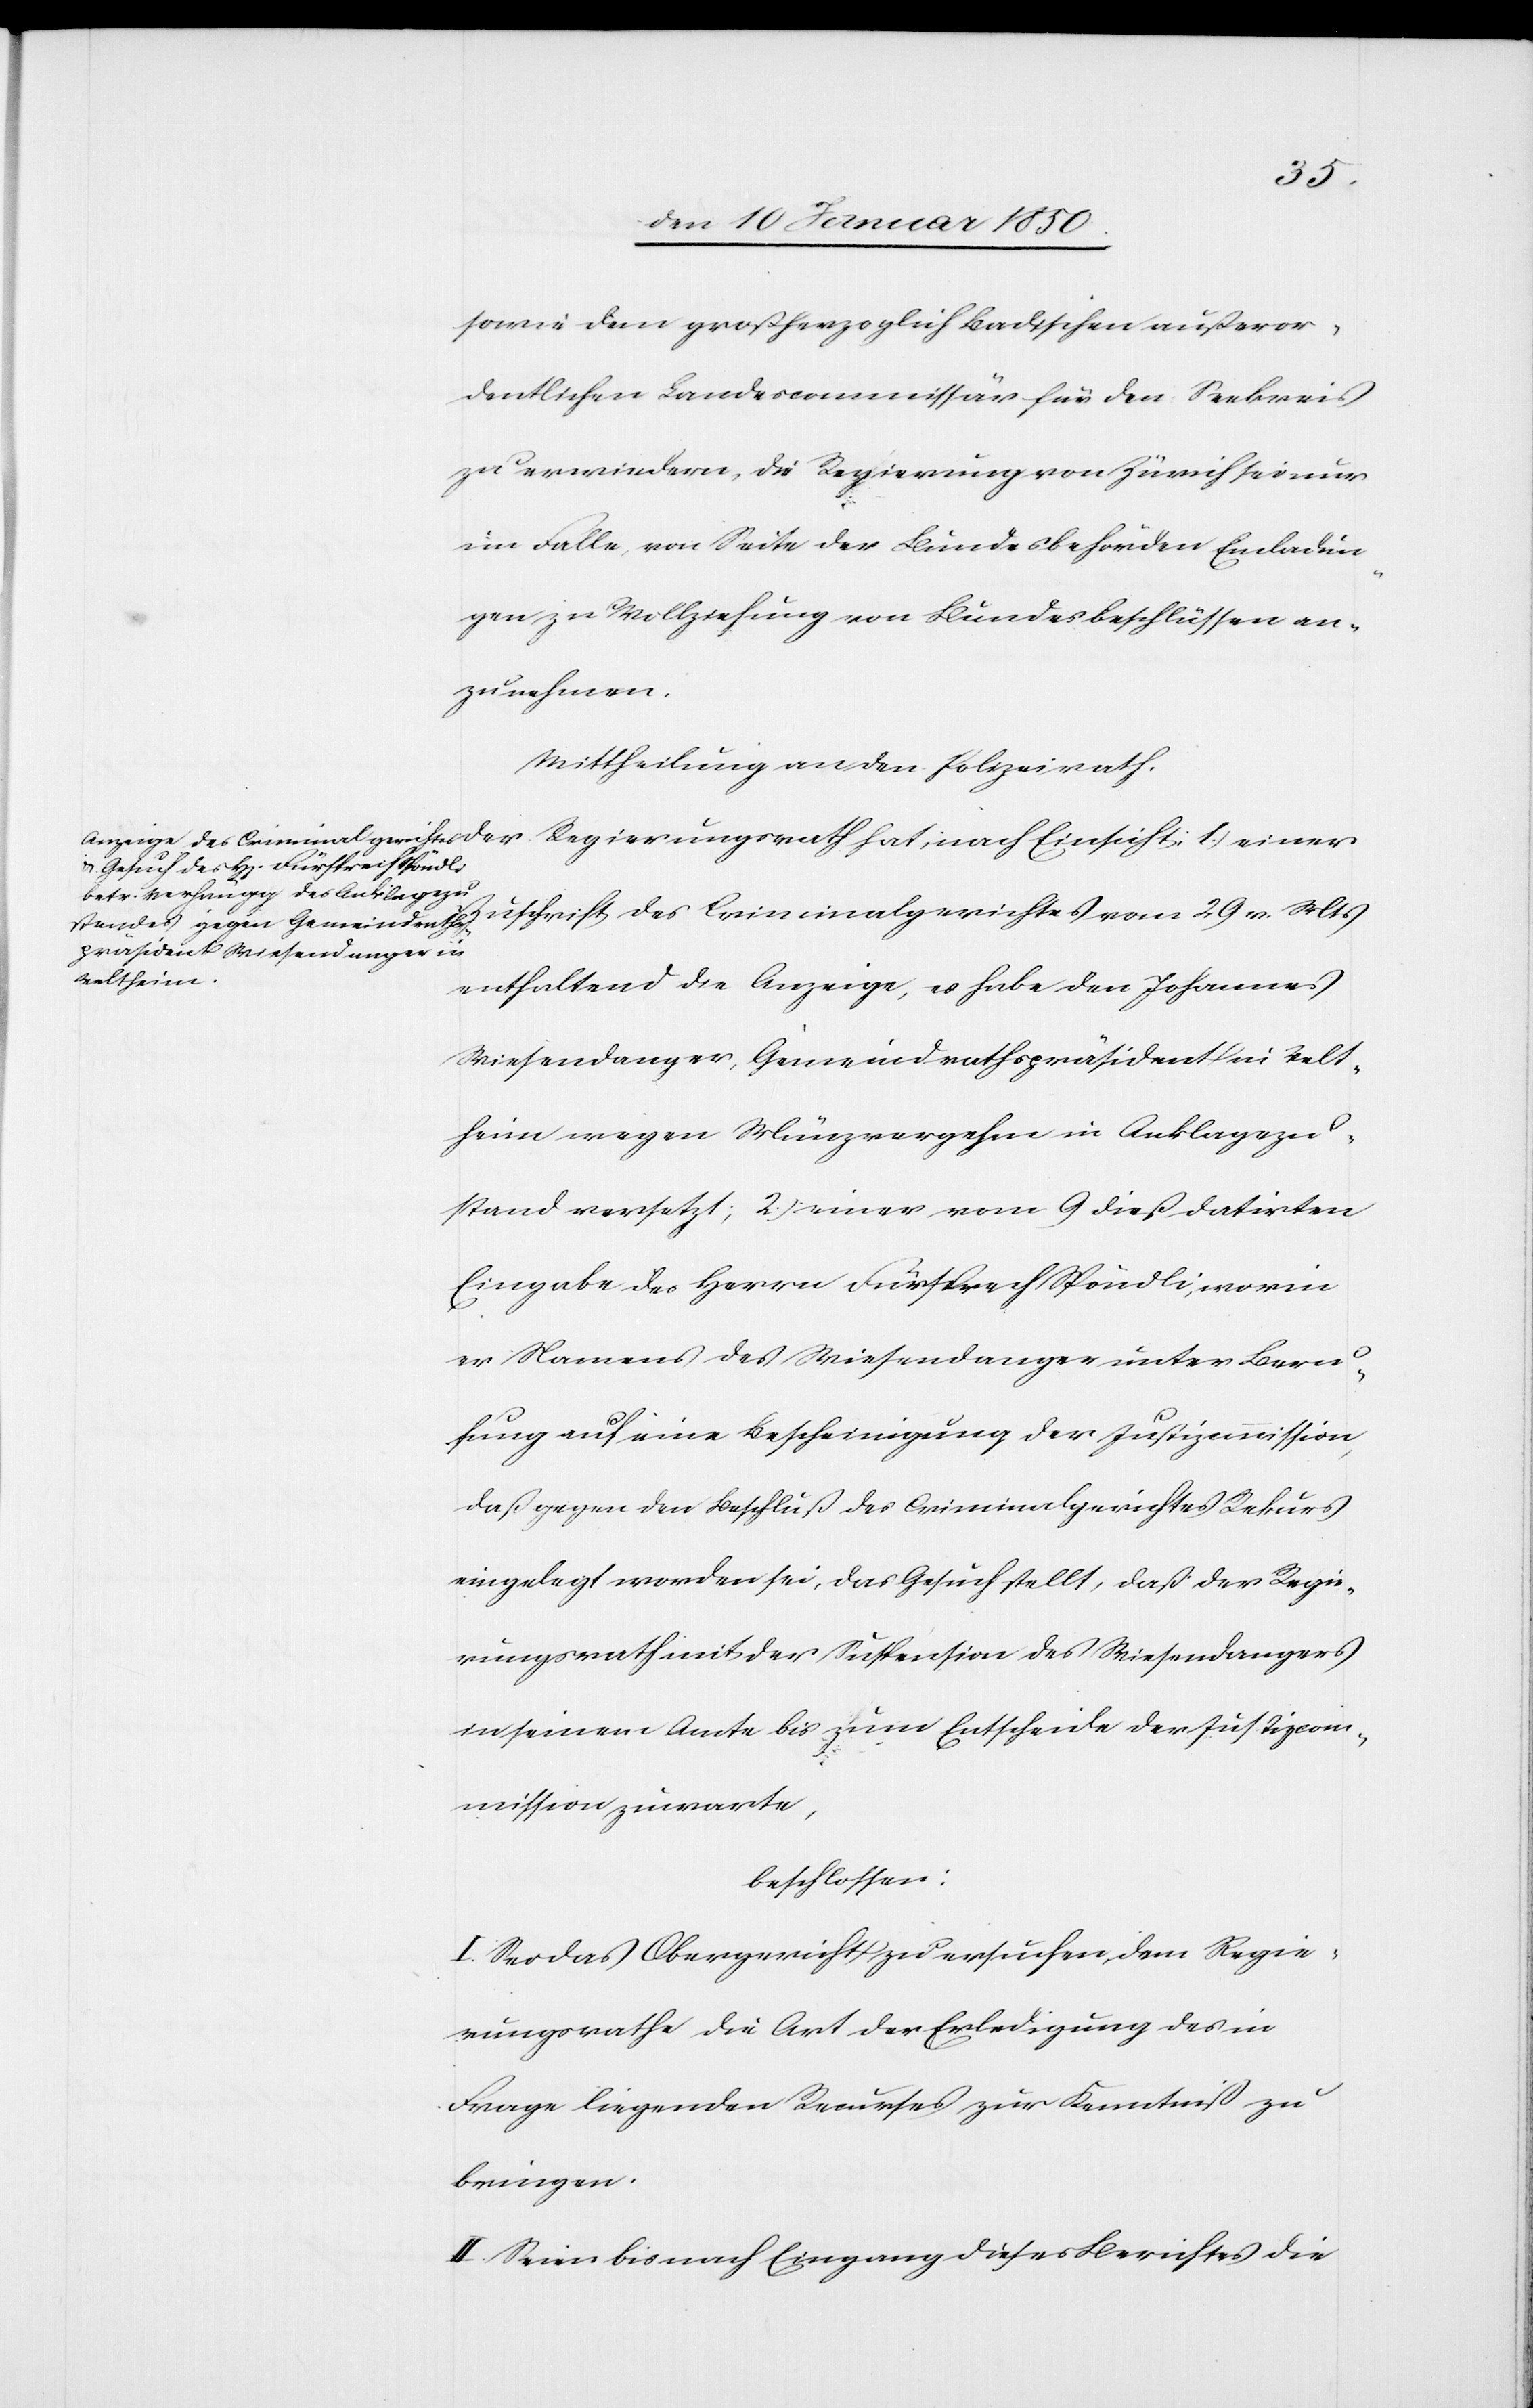
sowie dem großherzoglich Badischen außeror¬
dentlichen Landescommissär für den Seekreis
zu erwiedern, die Regierung von Zürich sei nur
im Falle, von Seite der Bundesbehörden Einladun¬
gen zu Vollziehung von Bundesbeschlüssen an¬
zunehmen.
Mittheilung an den Polizeirath.
enthaltend die Anzeige, es habe den Johannes
Wiesendanger, Gemeindrathspräsident in Velt¬
heim wegen Münzvergehen in Anklagezu¬
stand versetzt; 2.) einer vom 9 dieß datirten
Eingabe des Herrn Fürsprech Spöndli, worin
er Namens des Wiesendanger unter Beru¬
fung auf eine Bescheinigung der Justizcommission,
daß gegen den Beschluß des Criminalgerichtes Rekurs
eingelegt worden sei, das Gesuch stellt, daß der Regie¬
rungsrath mit der Suspension des Wiesendangers
in seinem Amte bis zum Entscheide der Justizcom¬
mission zuwarte,
beschlossen:
I. Sei das Obergericht zu ersuchen, dem Regie¬
rungsrathe die Art der Erledigung des in
Frage liegenden Recurses zur Kenntniß zu
bringen.
II. Seien bis nach Eingang dieses Berichtes die